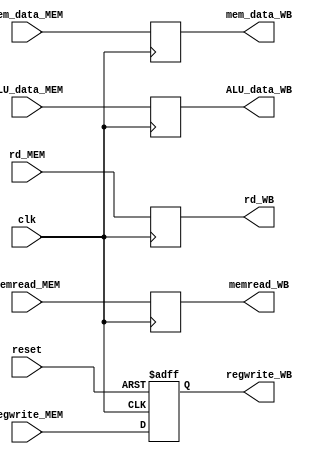
module MEM_WB_stage(
    input clk,
    input reset,

    input regwrite_MEM,
    input [4:0] rd_MEM,
    input memread_MEM,
    input [31:0] ALU_data_MEM,
    input [31:0] mem_data_MEM,

    output reg regwrite_WB,
    output reg [4:0] rd_WB,
    output reg memread_WB, 
    output reg [31:0] mem_data_WB,
    output reg [31:0] ALU_data_WB
    );
    
    always@(posedge clk or posedge reset) begin
        if (reset) begin
            regwrite_WB <= 0;
        end else begin
            regwrite_WB <= regwrite_MEM;
        end
    end
    
    always@(posedge clk) begin
        rd_WB <= rd_MEM;
        memread_WB <= memread_MEM;
        ALU_data_WB <= ALU_data_MEM;
        mem_data_WB <= mem_data_MEM;
    end

endmodule